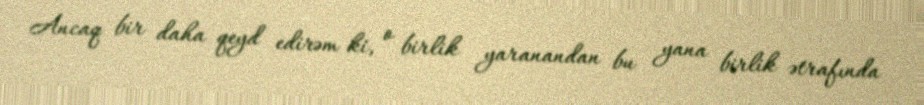
Ancaq bir daha qeyd edirəm ki, o birlik yaranandan bu yana birlik ətrafında